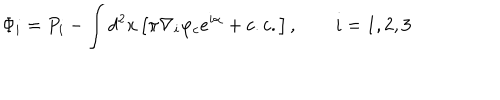
\Phi _ { i } = P _ { i } - \int d ^ { 2 } x \left[ \pi \nabla _ { i } \varphi _ { c } e ^ { i \alpha } + c . c . \right] , \qquad i = 1 , 2 , 3